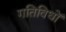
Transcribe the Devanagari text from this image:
गतिविधों